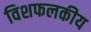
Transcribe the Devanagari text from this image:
विशफलकीय